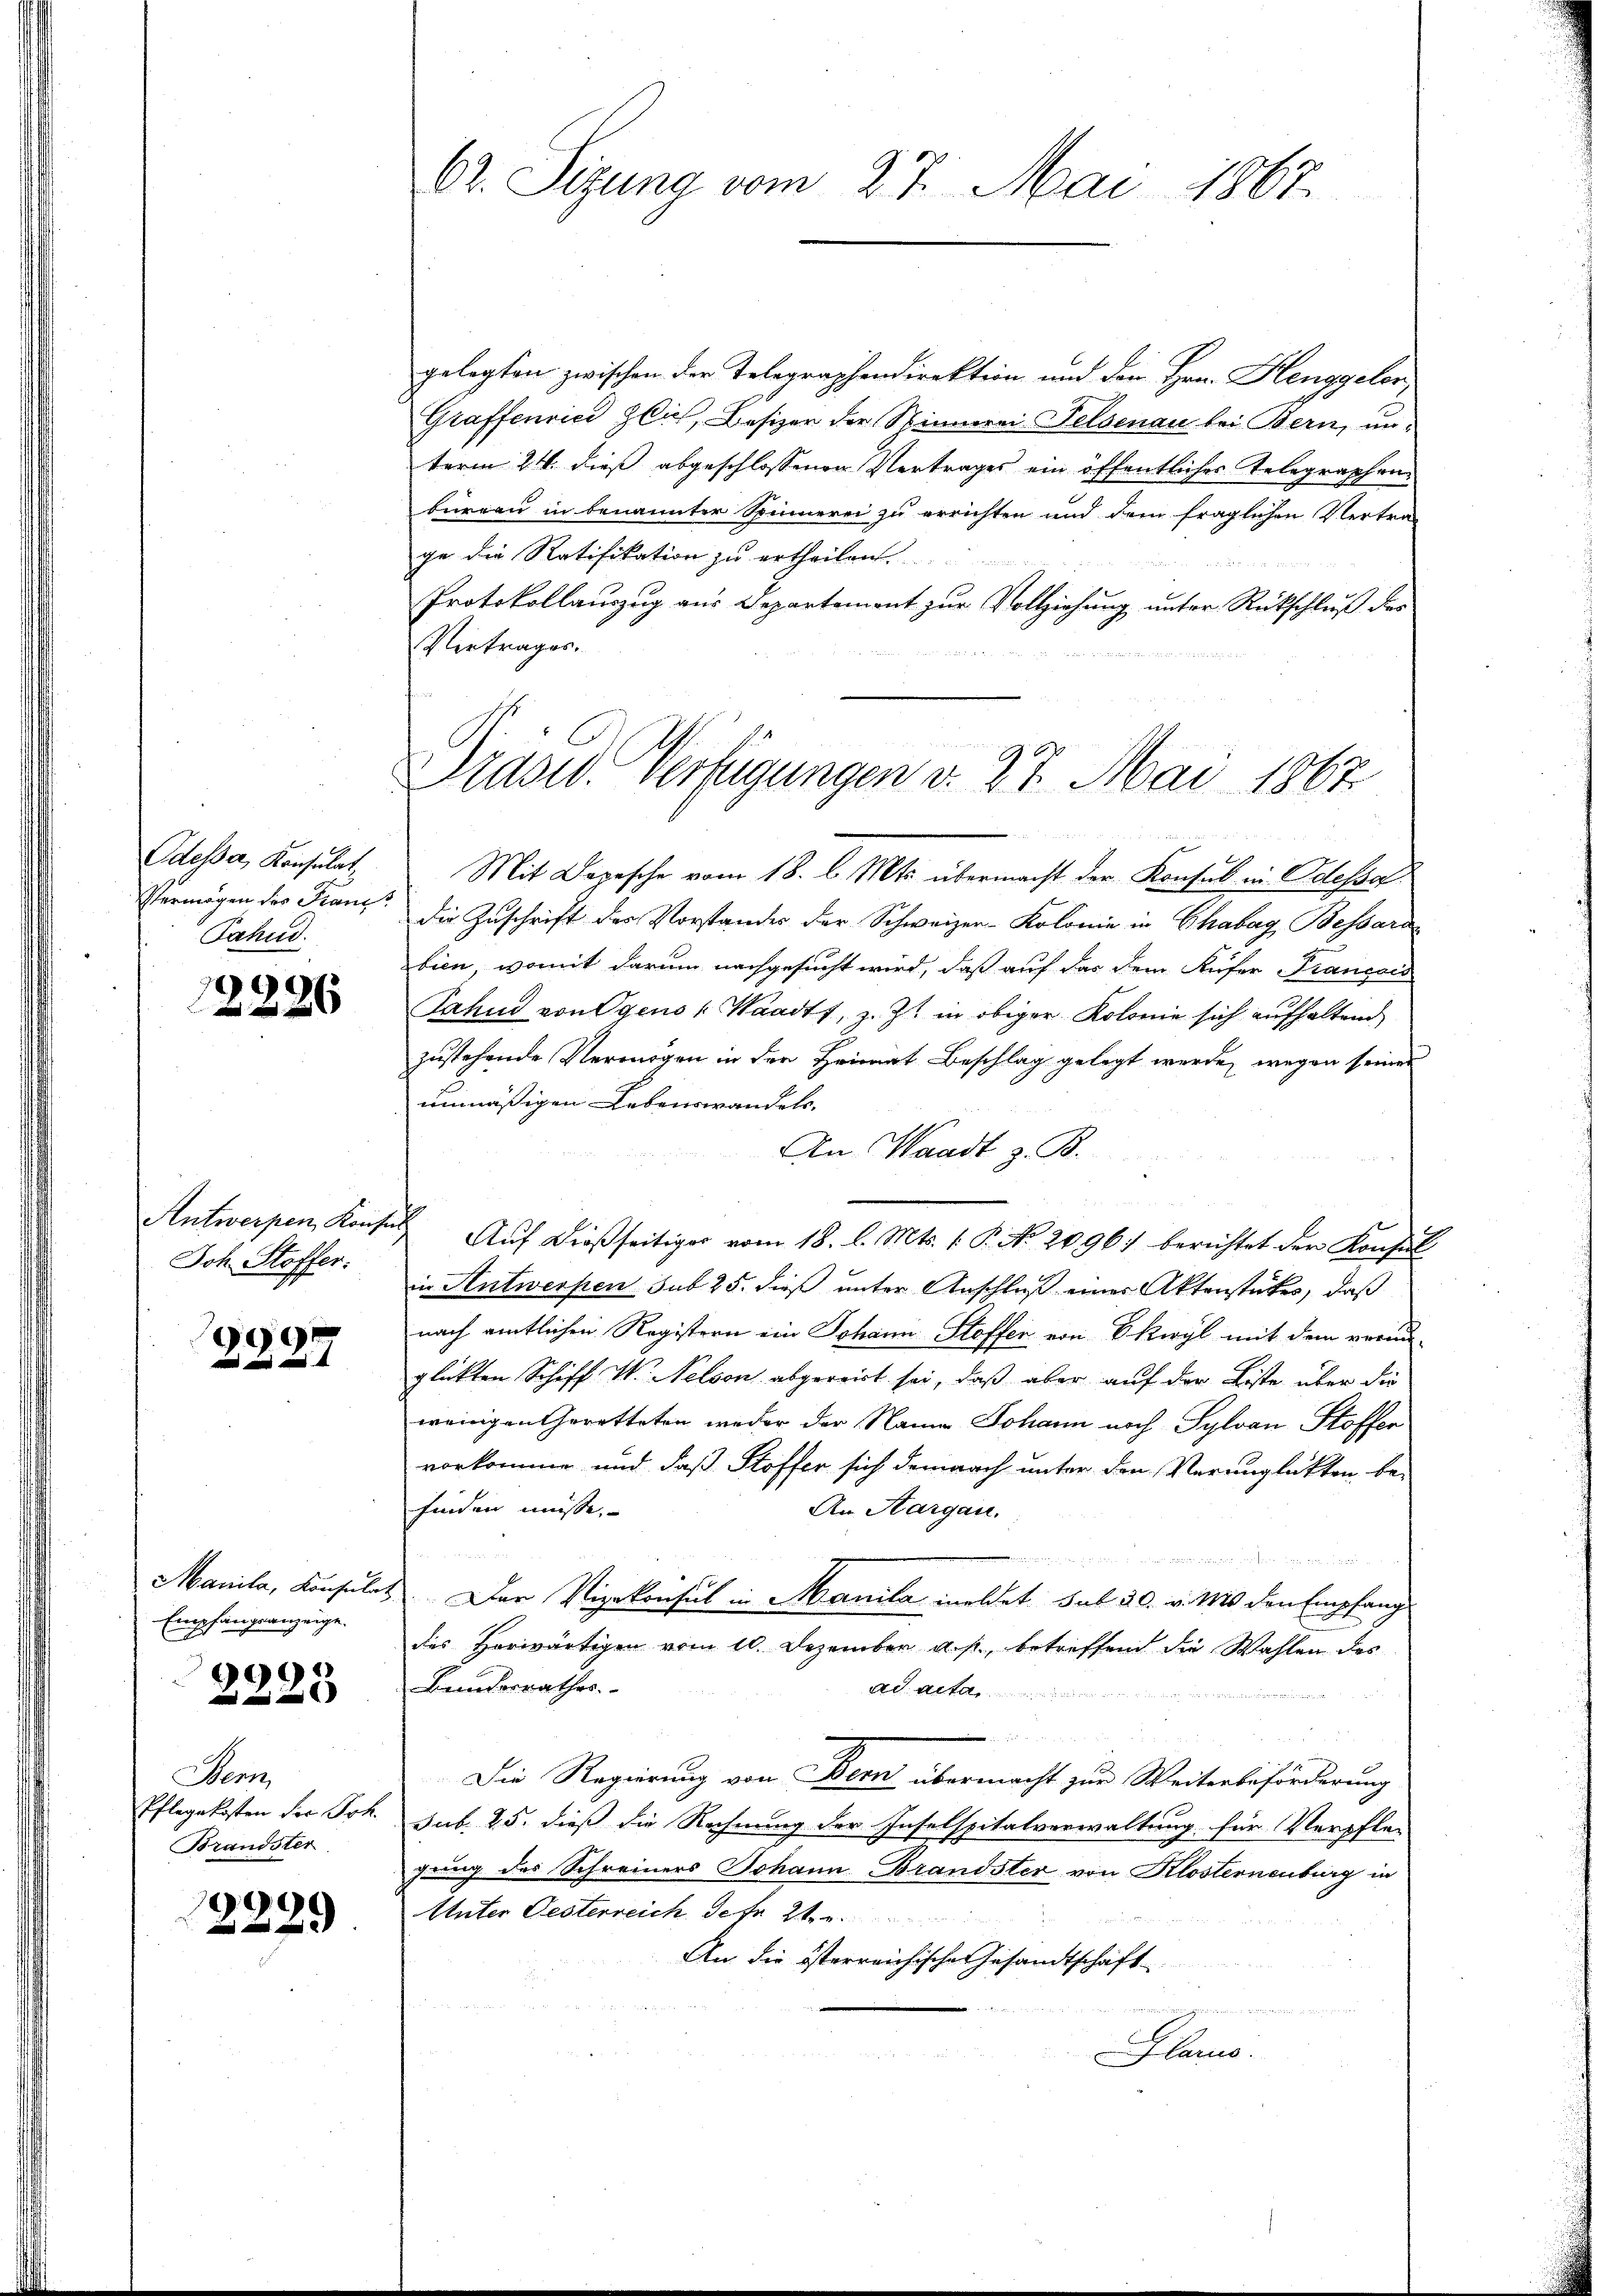
Odesser, Konsulat,
Jahud.

12286

Ich. Stoffer.

90

Empfangsanzeige.

2225

Wen
Brandster

)
2229

gelegten zwischen der Telegraphendirektion und die Hrn. Henggeler,
Graffenrici zlich, Besizer der Sinnerei Felsenau bei Bern, unterm 24. dieß abgeschlossenen Vertrages ein öffentliches Telegraphen-
bureau in benannter Sonnerei zu errichten und dem fraglichen Vertrage die Ratifikation zu ertheilen.
Protokollauszug aus Departement zur Vollziehung unter Rückschluß der
Vertrages.

Mit Depesche vom 18. l. Mts. übermacht der Konsul in Odessa
Vermögen des Franz die Zuschrift der Vorstandes der Schweizer-Kolonie in Chabarg, Bessard
bien, womit darum nachgesucht wird, daß auf das dem Aufer Français
Jahud von Ggens Waadt, z. Zt. in obiger Kolonie sich aufhaltend
zustehende Vermögen in der Heimat Beschlag gelegt werde, wegen seiner
unmäßigen Lebenswandels-
An Waadt z. B.
Antwerpen Konser Aŭf dießseitiger vom 18. l. Mts. 1. P. No. 2096) berichtet der Konsul
in Antwerpen sub 25. dieß unter Anschluß eines Aktenstückes, daß
nach amtlichen Registern ein Johann Stoffen von Ekwyl mit dem verunglükten Schiff W. Nelson abgeroict sei, daß aber auf der Liste über die
wenigen Geretteten weder der Name Johann noch Sylvan Stoffer
vorkomme und daß Stoffer sich demnach unter den Verunglükten be-
finden müsse.
An Aargau.
  der den
Manila, Konsulat. Der Vizekonsul in Manila meldet sub 30. v. 10 den Empfang
des Horwärtigen vom 10. Dezember a. p., betreffend die Wahlen des
Banderrathes.
Ad aeta
u

Die Regierung von Bern übermacht zur Weiterbeförderung
Pflegekosten der Joh. sub. 25. dieß die Rechnung der Inselspitalverwaltung für Verpfle-
gung des Schreiners Johann Brandster von Klosternenburg in
Unter Gesterreich der 2ten
An die österreichischen Gesandtschaft
d
larus.

62. Sizung vom 27. Mai 1867.

Drasw. Verfügungen v. 27. Mai 1867